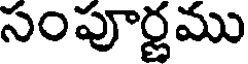
సంపూర్ణము